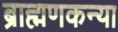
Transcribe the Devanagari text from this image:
ब्राह्मणकन्या